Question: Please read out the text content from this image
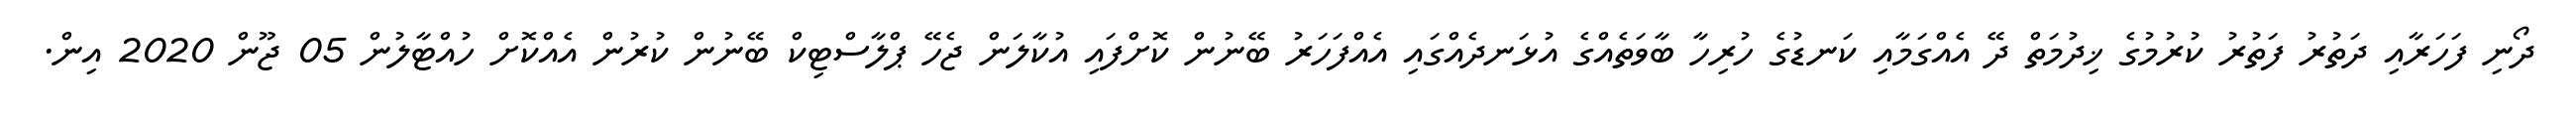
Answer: ދޯނި ފަހަރާއި ދަތުރު ފަތުރު ކުރުމުގެ ޚިދުމަތް ދޭ އެއްގަމާއި ކަނޑުގެ ހުރިހާ ބާވަތެއްގެ އުޅަނދެއްގައި އެއްފަހަރު ބޭނުން ކޮށްފައި އުކާލަން ޖެހޭ ޕްލާސްޓިކް ބޭނުން ކުރުން އެއްކޮށް ހުއްޓާލުން 05 ޖޫން 2020 އިން.